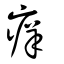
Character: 痒